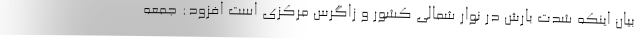
بیان اینکه شدت بارش در نوار شمالی کشور و زاگرس مرکزی است افزود: جمعه